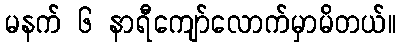
မနက် ၆ နာရီကျော်လောက်မှာမိတယ်။